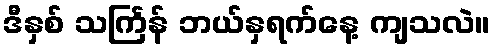
ဒီနှစ် သင်္ကြန် ဘယ်နှရက်နေ့ ကျသလဲ။